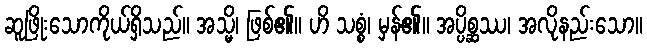
ဆူဖြိုးသောကိုယ်ရှိသည်။ အသ္မိ၊ ဖြစ်၏။ ဟိ သစ္စံ၊ မှန်၏။ အပ္ပိစ္ဆဿ၊ အလိုနည်းသော။